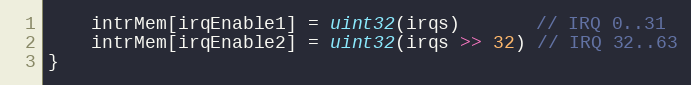
Language: Go
	intrMem[irqEnable1] = uint32(irqs)       // IRQ 0..31
	intrMem[irqEnable2] = uint32(irqs >> 32) // IRQ 32..63
}